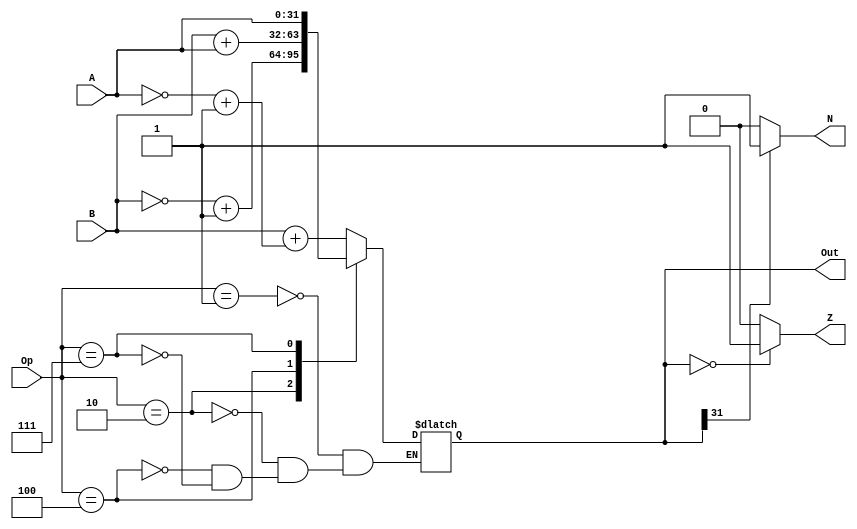
`timescale 1ns / 1ps
//////////////////////////////////////////////////////////////////////////////////
// Company: 
// Engineer: 
// 
// Design Name: 
// Module Name: ALU_final
// Project Name: 
// Target Devices: 
// Tool Versions: 
// Description: Final ALU for datapath
// 
// Dependencies: 
// 
// Revision:
// Revision 0.01 - File Created
// Additional Comments:
// 
//////////////////////////////////////////////////////////////////////////////////


module alu(A,B,Op,Out,Z,N);

input [31:0] A; //32 bit input
input [31:0] B; //32 bit input
input [2:0] Op; //3 bit operation
output reg [31:0] Out; //32 bit output
output reg Z; //zero flag
output reg N; //negative flag

always@(A,B,Op) //check conditions in always block
begin
    case(Op)
        3'b001: Out = B+(((~A)+1)); //B-A
        3'b010: Out = (~B)+1; //-B
        3'b100: Out = B+A; //B+A
        3'b111: Out = A; //A
    endcase
end

always@(Out)
begin
    Z=0;
    if(Out==0) //if out==0, set zero flag to 1
        Z=1;
    N=0;
    if(Out[31]==1) //if the most significant bit is 1, set negative flag to 1
        N=1;
end

endmodule